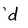
Character: d